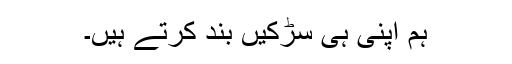
ہم اپنی ہی سڑکیں بند کرتے ہیں۔